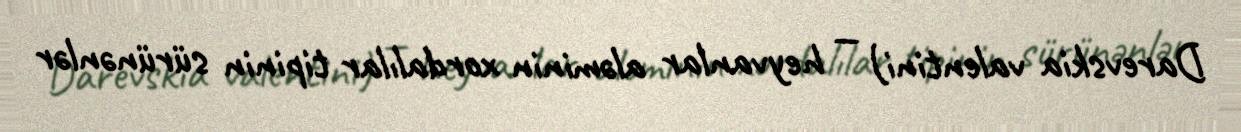
Darevskia valentini) — heyvanlar aləminin xordalılar tipinin sürünənlər